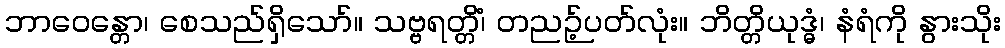
ဘာဝေန္တော၊ စေသည်ရှိသော်။ သဗ္ဗရတ္တိံ၊ တညဉ့်ပတ်လုံး။ ဘိတ္တိယုဒ္ဓံ၊ နံရံကို နွားသိုး